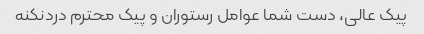
پیک عالی، دست شما عوامل رستوران و پیک محترم دردنکنه